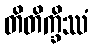
တိတိက္ခိဿံ